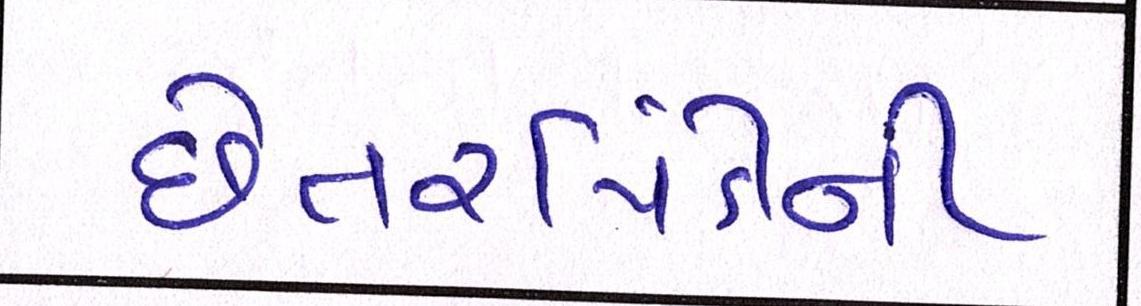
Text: છેતરપિંડીની